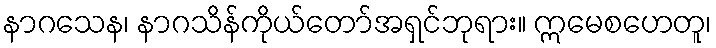
နာဂသေန၊ နာဂသိန်ကိုယ်တော်အရှင်ဘုရား။ ဣမေစဟေတူ၊